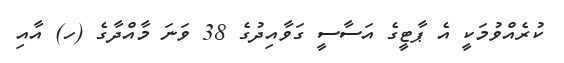
ކުރެއްވުމަކީ އެ ޕާޓީގެ އަސާސީ ގަވާއިދުގެ 38 ވަނަ މާއްދާގެ (ހ) އާއި